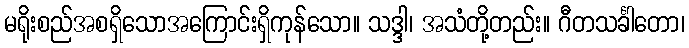
မရိုးစည်အစရှိသောအကြောင်းရှိကုန်သော။ သဒ္ဒါ၊ အသံတို့တည်း။ ဂီတသင်္ခါတော၊